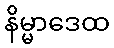
နိမ္မာဒေထ